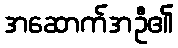
အဆောက်အဦ၏